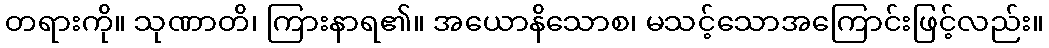
တရားကို။ သုဏာတိ၊ ကြားနာရ၏။ အယောနိသောစ၊ မသင့်သောအကြောင်းဖြင့်လည်း။